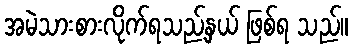
အမဲသားစားလိုက်ရသည့်နှယ် ဖြစ်ရ သည်။